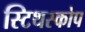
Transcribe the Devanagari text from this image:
स्टिथस्कोप